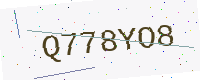
Text: Q778YO8